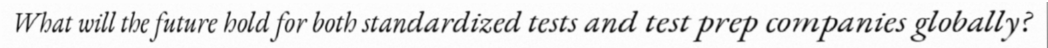
What will the future hold for both standardized tests and test prep companies globally?